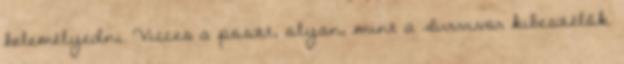
belemélyedni. Vicces a poszt, olyan, mint a Survivor kibeszélők.